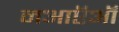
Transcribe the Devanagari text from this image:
नआऍऑ